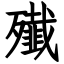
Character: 殱